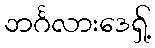
ဘင်္ဂလားဒေရှ့်